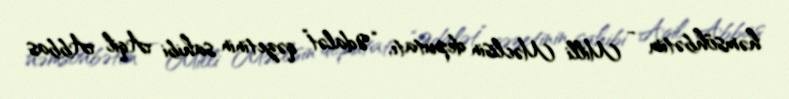
həmsöhbətim - Milli Məclisin deputatı, “Ədalət” qəzetinin sahibi Aqil Abbas